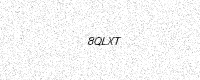
Text: 8QLXT